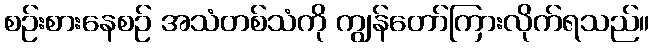
စဉ်းစားနေစဉ် အသံတစ်သံကို ကျွန်တော်ကြားလိုက်ရသည်။